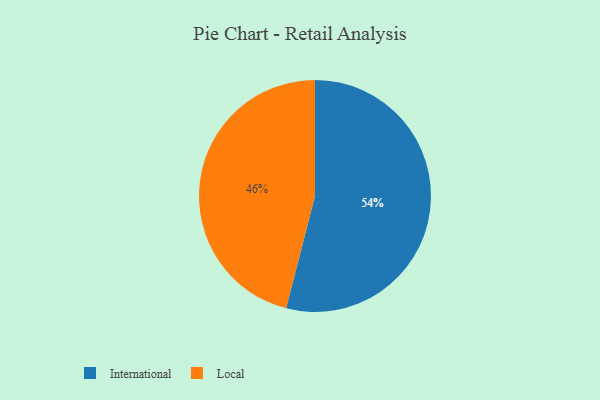
{"axis": {"x": "Category", "y": "Percentage"}, "legend": ["International", "Local"], "data": [{"x": "Local", "y": 46, "type": "Local"}, {"x": "International", "y": 54, "type": "International"}]}